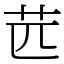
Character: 苉